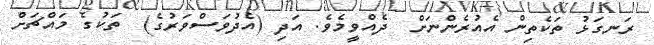
ރަނގަޅު ތަކެތިން އެއުރެންނަށް  ދެއްވީމެވެ. އަދި (އެދުވަސްވަރުގެ)  ތަކުގެ މައްޗަށް